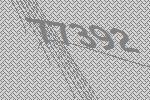
77392